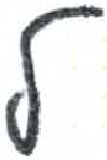
אות: ל